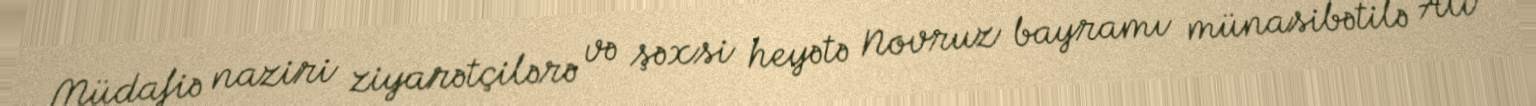
Müdafiə naziri ziyarətçilərə və şəxsi heyətə Novruz bayramı münasibətilə Ali